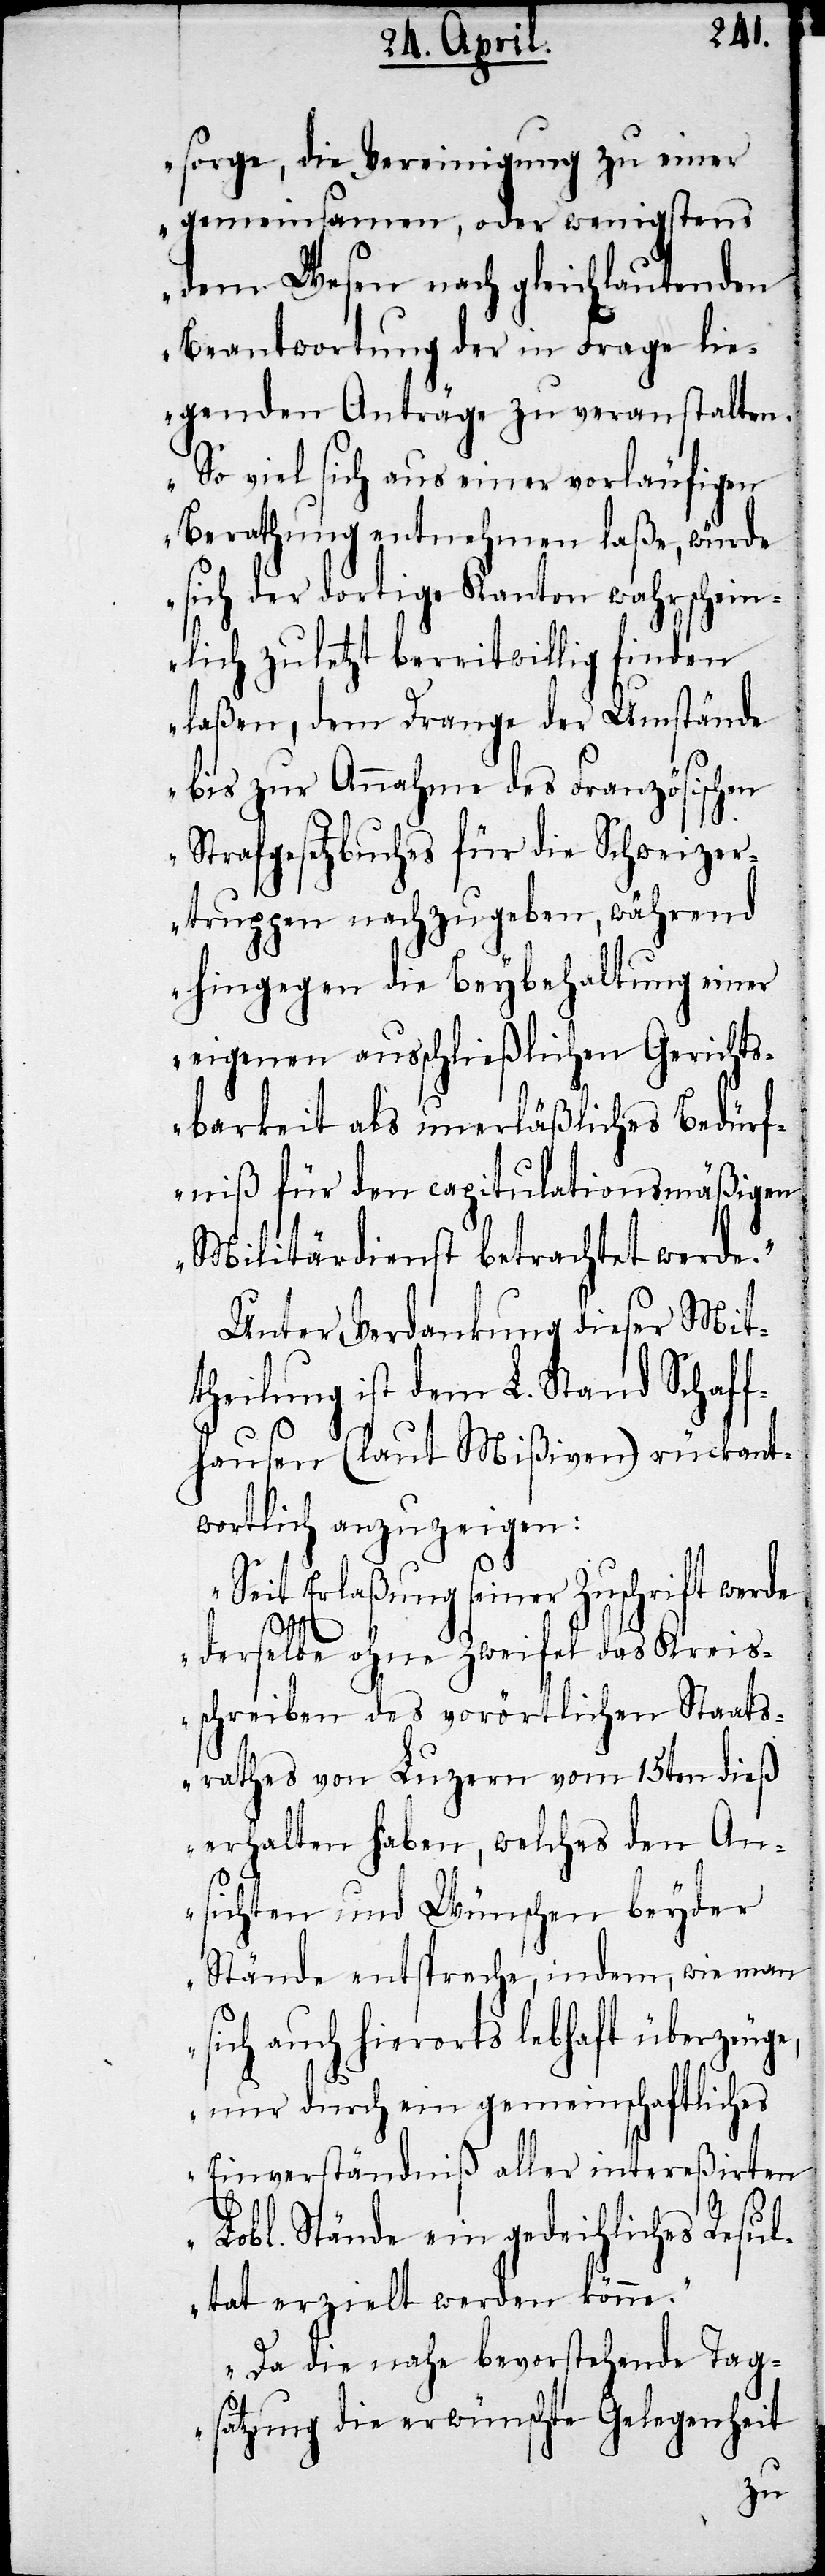
sorge, die Vereinigung zu einer
gemeinsamen, oder wenigstens
dem Wesen nach gleichlautenden
Beantwortung der in Frage lie¬
genden Anträge zu veranstalten.
So viel sich aus einer vorläufigen
Berathung entnehmen laße, würde
sich der dortige Kanton wahrschein¬
lich zuletzt bereitweillig finden
laßen, dem Drange der Umstände
bis zur Annahme des Französichen
Strafgesetzbuches für die Schweizer¬
trupen nachzugeben, während
hingegen die Beybehaltung einer
eigenen ausschließlichen Gerichts¬
barkeit als unerläßliches Bedürf¬
niß für den capitulationsmäßigen
Militärdienst betrachtet werde.“
Unter Verdankung dieser Mit¬
theilung ist dem L. Stand Schaff¬
hausen (laut Mißiven) rückant¬
wortlich anzuzeigen:
„Seit Erlaßung seiner Zuschrift werde
derselbe ohne Zweifel das Kreis¬
schreiben des vorörtlichen Staats¬
rathes von Luzern vom 15ten dieß
erhalten haben, welches den An¬
sichten und Wünschen beyder
Stände entspreche, indem, wie man
sich auch hierorts lebhaft überzeuge,
nur durch ein gemeinschaftliches
Einverständniß aller intereßirten
Lobl. Stände ein gedeihliches Resul¬
tat erzielt werden könne.“
„Da die nahe bevorstehende Tag¬
satzung die erwünschte Gelegenheit